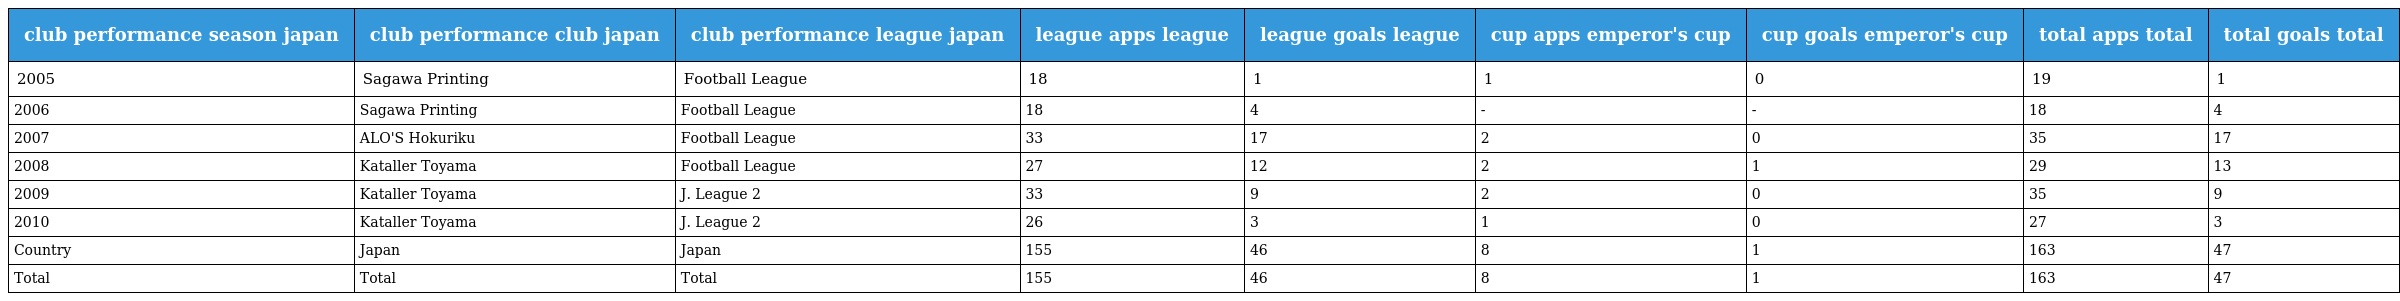
| club performance season japan | club performance club japan | club performance league japan | league apps league | league goals league | cup apps emperor's cup | cup goals emperor's cup | total apps total | total goals total |
 | --- | --- | --- | --- | --- | --- | --- | --- | --- |
 | 2005 | Sagawa Printing | Football League | 18 | 1 | 1 | 0 | 19 | 1 |
 | 2006 | Sagawa Printing | Football League | 18 | 4 | - | - | 18 | 4 |
 | 2007 | ALO'S Hokuriku | Football League | 33 | 17 | 2 | 0 | 35 | 17 |
 | 2008 | Kataller Toyama | Football League | 27 | 12 | 2 | 1 | 29 | 13 |
 | 2009 | Kataller Toyama | J. League 2 | 33 | 9 | 2 | 0 | 35 | 9 |
 | 2010 | Kataller Toyama | J. League 2 | 26 | 3 | 1 | 0 | 27 | 3 |
 | Country | Japan | Japan | 155 | 46 | 8 | 1 | 163 | 47 |
 | Total | Total | Total | 155 | 46 | 8 | 1 | 163 | 47 |